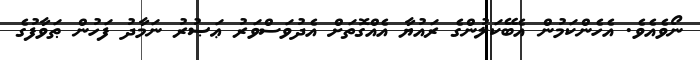
ނޯވެއެވެ. އެހެންކަމުން އެބޭކަލުންގެ ރައުޔާ އެއްގޮތަށް އެދުވަސްވަރު ޢަޞުރު ނަމާދު ފަހުން ޠަވާފުގެ